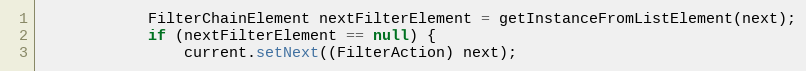
Language: Java
            FilterChainElement nextFilterElement = getInstanceFromListElement(next);
            if (nextFilterElement == null) {
                current.setNext((FilterAction) next);